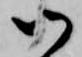
御